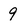
Character: 9